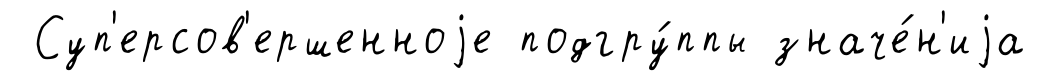
Суп'ерсов'ершенноjе подгру́ппы значе́н'иjа